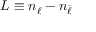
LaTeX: L \equiv n _ { \ell } - n _ { \bar { \ell } }